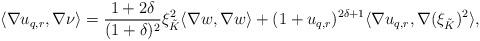
LaTeX: \begin{align*} \langle \nabla u_{q,r}, \nabla \nu\rangle=\frac{1+2\delta}{(1+\delta)^2}\xi^2_{\tilde K}\langle\nabla w,\nabla w\rangle+(1+u_{q,r})^{2\delta+1}\langle \nabla u_{q,r},\nabla(\xi_{\tilde K})^2\rangle,\end{align*}